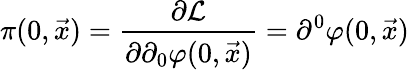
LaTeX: \pi(0,\vec{x})={\frac{\partial{\cal L}}{\partial\partial_{0}\varphi(0,\vec{x})}}=\partial^{0}\varphi(0,{\vec{x}})